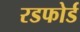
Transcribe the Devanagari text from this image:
रडफोर्ड